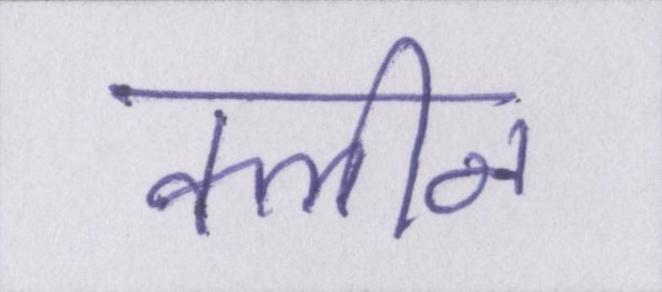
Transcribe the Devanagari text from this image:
क्लीन